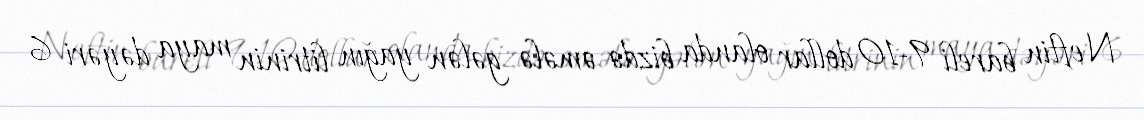
Neftin bareli 9-10 dollar olanda bizdə əmələ gələn yağın litrinin maya dəyəri 6